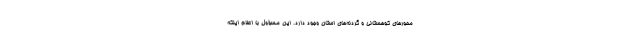
محورهای کوهستانی و گردنه‌های استان وجود دارد. این مسؤول با اعلام اینکه